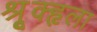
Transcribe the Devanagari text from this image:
श्रूृृक्हृला